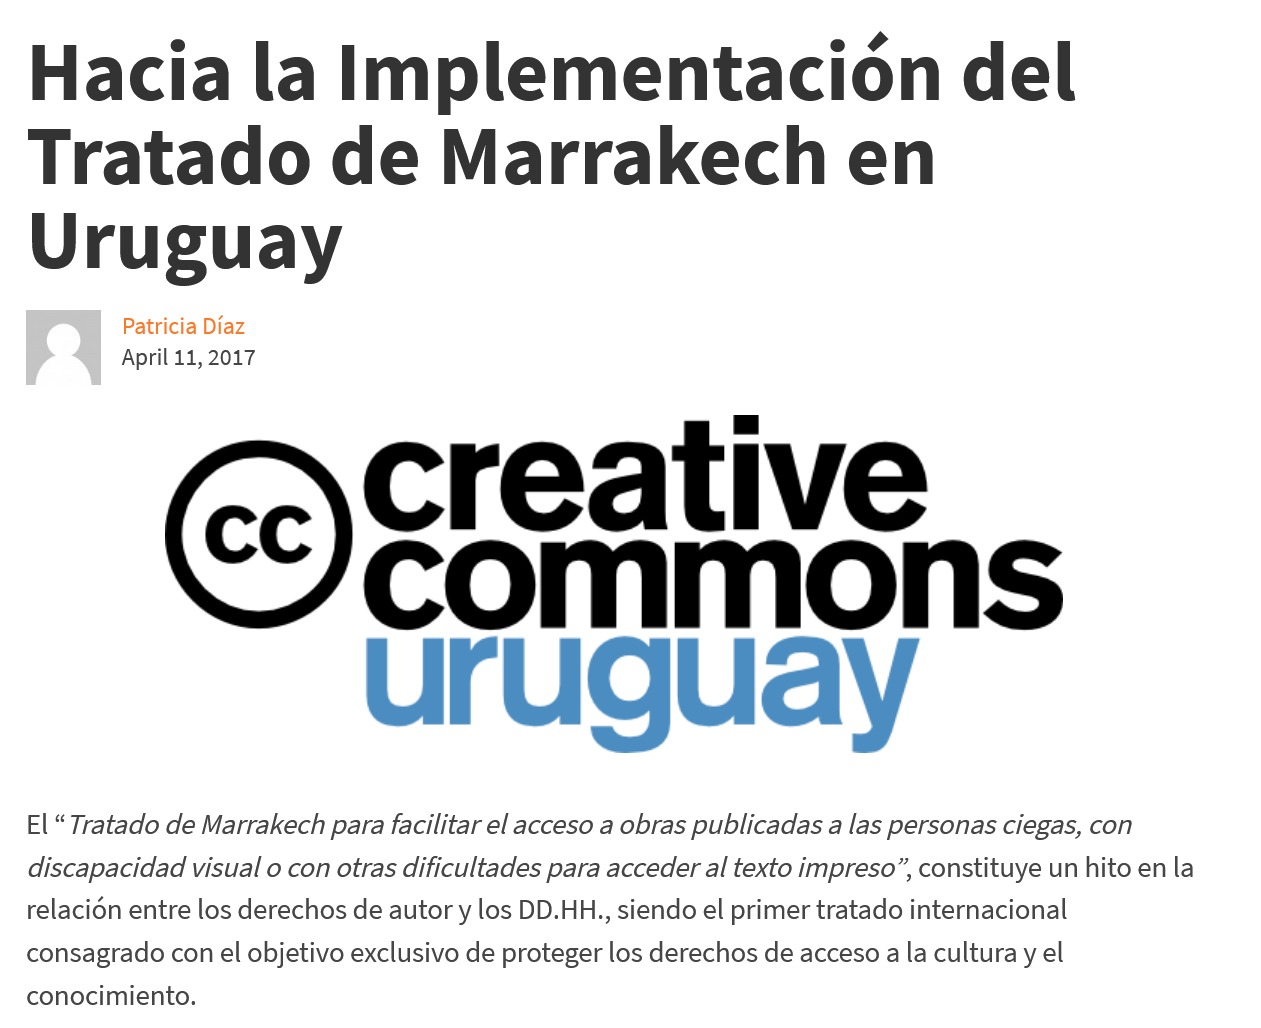
Hacia    la    Implementacion    del
   Tratado    de    Marrakech    en
   Uruguay
     Patricia Diaz
     April 11, 2017
     creative
     commons
   El
     “
     Tratado de Marrakech para facilitar el acceso a obras publicadas a las personas ciegas, con
   discapacidad visual o con otras dificultades para acceder al texto impreso”, constituye un hito en la
   relacidn entre los derechos de autor y los DD.HH., siendo el primer tratado internacional
  consagrado con el objetivo exclusivo de proteger los derechos de acceso a la cultura y el
  conocimiento.